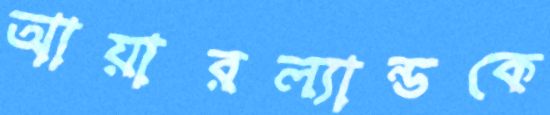
আয়ারল্যান্ডকে